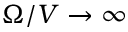
\Omega / V \rightarrow \infty